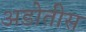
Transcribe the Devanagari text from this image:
अडोतीस